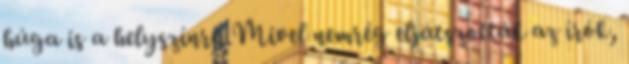
húga is a helyszínre. Mivel nemrég eljátszották az írók,